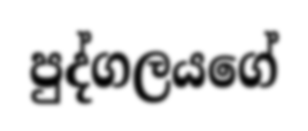
පුද්ගලයගේ